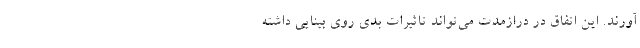
‌آورند. این اتفاق در درازمدت می‌تواند تاثیرات بدی روی بینایی داشته